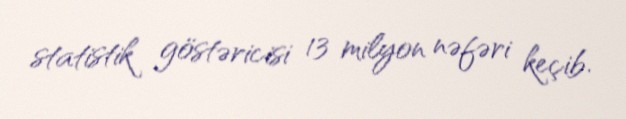
statistik göstəricisi 13 milyon nəfəri keçib.